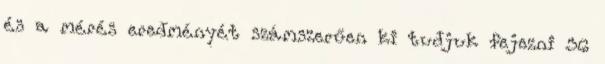
és a mérés eredményét számszerűen ki tudjuk fejezni 36